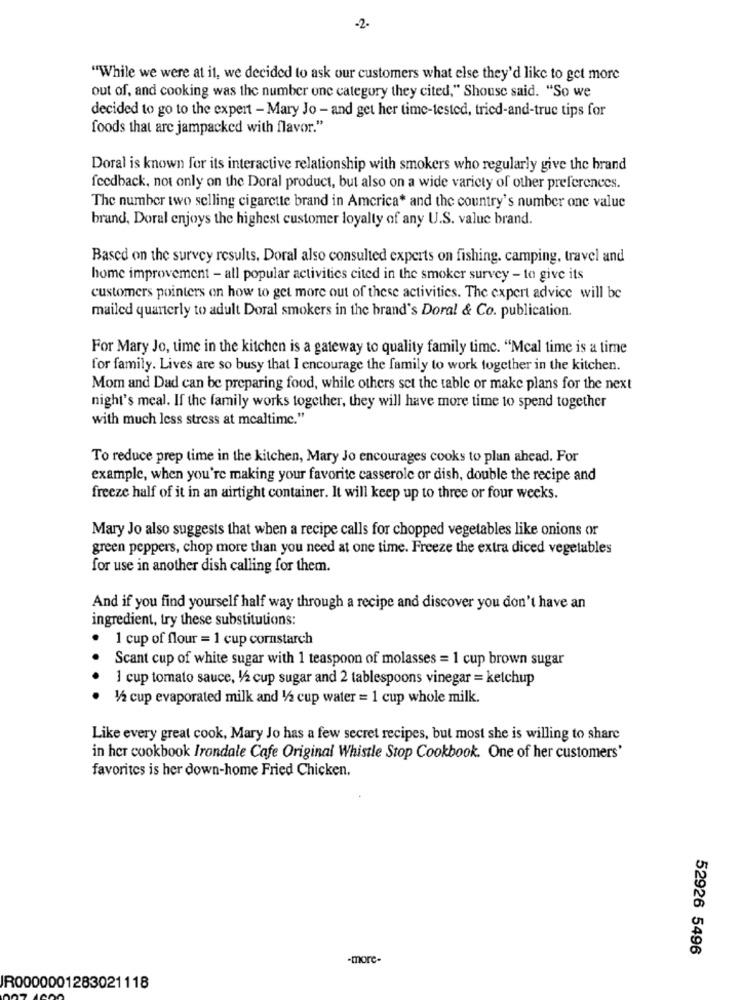
-2.
"While we were at it, we decided to ask our customers what else they'd like to get more
out of, and cooking was the number one category they cited," Shouse said. "So we
decided to go to the expert - Mary Jo - and get her time-tested, tried-and-true tips for
foods that are jampacked with flavor."
Doral is known for its interactive relationship with smokers who regularly give the brand
feedback, not only on the Doral product, but also on a wide variety of other preferences.
The number two selling cigarette brand in America* and the country's number one value
brand, Doral enjoys the highest customer loyalty of any U.S. value brand.
Based on the survey results. Doral also consulted experts on fishing. camping, travel and
home improvement - all popular activities cited in the smoker survey - to give its
customers pointers on how to get more out of these activities. The expert advice will be
mailed quarterly to adult Doral smokers in the brand's Doral & Co. publication.
For Mary Jo, time in the kitchen is a gateway to quality family time. "Mcal time is a time
for family. Lives are so busy that I encourage the family to work together in the kitchen.
Mom and Dad can be preparing food, while others set the table or make plans for the next
night's meal. If the family works together, they will have more time to spend together
with much less stress at mealtime."
To reduce prep time in the kitchen, Mary Jo encourages cooks to plan ahead. For
example, when you're making your favorite casserole or dish, double the recipe and
freeze half of it in an airtight container. It will keep up to three or four weeks.
Mary Jo also suggests that when a recipe calls for chopped vegetables like onions or
green peppers, chop more than you need at one time. Freeze the extra diced vegetables
for use in another dish calling for them.
And if you find yourself half way through a recipe and discover you don't have an
ingredient, try these substitutions:
1 cup of flour = 1 cup cornstarch
Scant cup of white sugar with 1 teaspoon of molasses = 1 cup brown sugar
1 cup tomato sauce, 1/2 cup sugar and 2 tablespoons vinegar = ketchup
1/2 cup evaporated milk and 1/2 cup water = 1 cup whole milk.
Like every great cook, Mary Jo has a few secret recipes, but most she is willing to share
in her cookbook Irondale Cafe Original Whistle Stop Cookbook. One of her customers'
favorites is her down-home Fried Chicken.
52926 5496
-more-
R0000001283021118